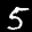
Label: 5